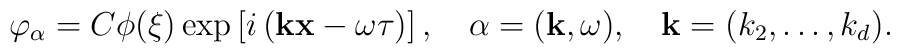
\varphi _{\alpha }=C\phi (\xi )\exp \left[ i\left( {\bf kx}-\omega\tau \right) \right] ,\quad \alpha =({\bf k},\omega ),\quad{\mathbf{k}}=(k_2,\ldots ,k_d).